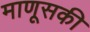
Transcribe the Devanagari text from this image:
माणूसकी